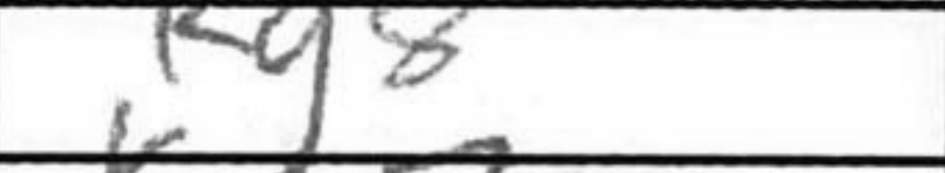
Transcription: Kg8